Document type: Sale
Year: 1326
Scribe: Bartomeu Marc
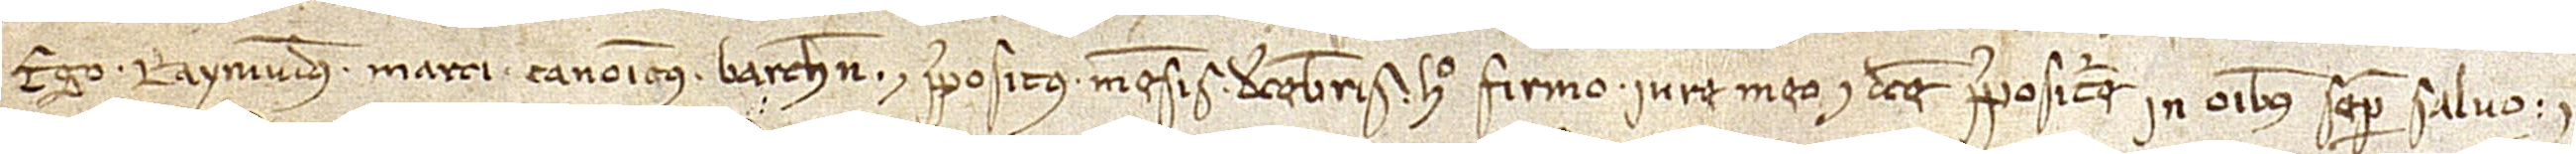
Ego Raymundus Marci, canonicus Barchinone et prepositus mensis decembris, hoc firmo iure me et dicte prepositure in omnibus semper salvo.